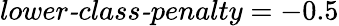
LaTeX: \textit{lower-class-penalty}=-0.5